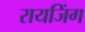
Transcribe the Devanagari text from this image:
रायजिंग